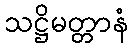
သဋ္ဌိမတ္တာနံ